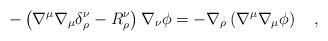
LaTeX: \begin{align*}-\left(\nabla^\mu \nabla_\mu\delta_\rho^\nu -R_\rho^\nu\right)\nabla_\nu \phi = -\nabla_\rho \left(\nabla^\mu \nabla_\mu \phi\right)~~~,\end{align*}